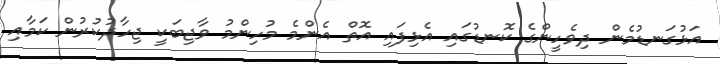
އަޅުގަނޑުމެން ދިވެހީންގެ ކޮނޑުގައި އެޅިފައި އޮތް އެންމެ މުހިންމު ވާޖިބަކީ ޖިހާދުކުރުން ކަމާއި